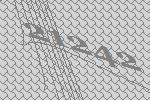
21242